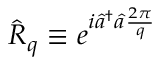
\hat { R } _ { q } \equiv e ^ { i \hat { a } ^ { \dagger } \hat { a } \frac { 2 \pi } { q } }